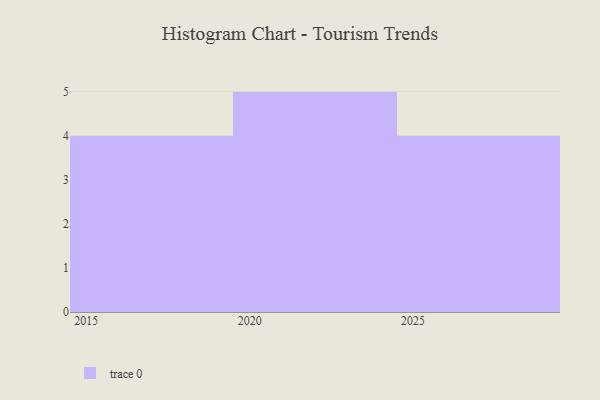
{"axis": {"x": "Year", "y": "Tickets Resolved"}, "legend": [""], "data": [{"x": "2017", "y": 74, "type": ""}, {"x": "2026", "y": 96, "type": ""}, {"x": "2023", "y": 93, "type": ""}, {"x": "2027", "y": 28, "type": ""}, {"x": "2018", "y": 36, "type": ""}, {"x": "2021", "y": 13, "type": ""}, {"x": "2022", "y": 59, "type": ""}, {"x": "2029", "y": 6, "type": ""}, {"x": "2020", "y": 15, "type": ""}, {"x": "2016", "y": 15, "type": ""}, {"x": "2024", "y": 7, "type": ""}, {"x": "2028", "y": 24, "type": ""}, {"x": "2019", "y": 57, "type": ""}]}